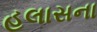
હલાસના